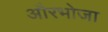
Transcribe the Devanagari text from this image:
औरभोजा